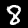
Digit: 8